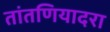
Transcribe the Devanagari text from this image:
तांतणियादरा